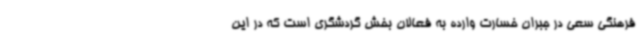
فرهنگی سعی در جبران خسارت وارده به فعالان بخش گردشگری است که در این